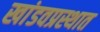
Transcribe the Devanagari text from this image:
खांडवप्रस्थात